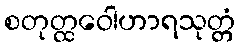
စတုတ္ထဝေါဟာရသုတ္တံ